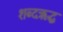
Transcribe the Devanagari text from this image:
शब्दऋद्ध